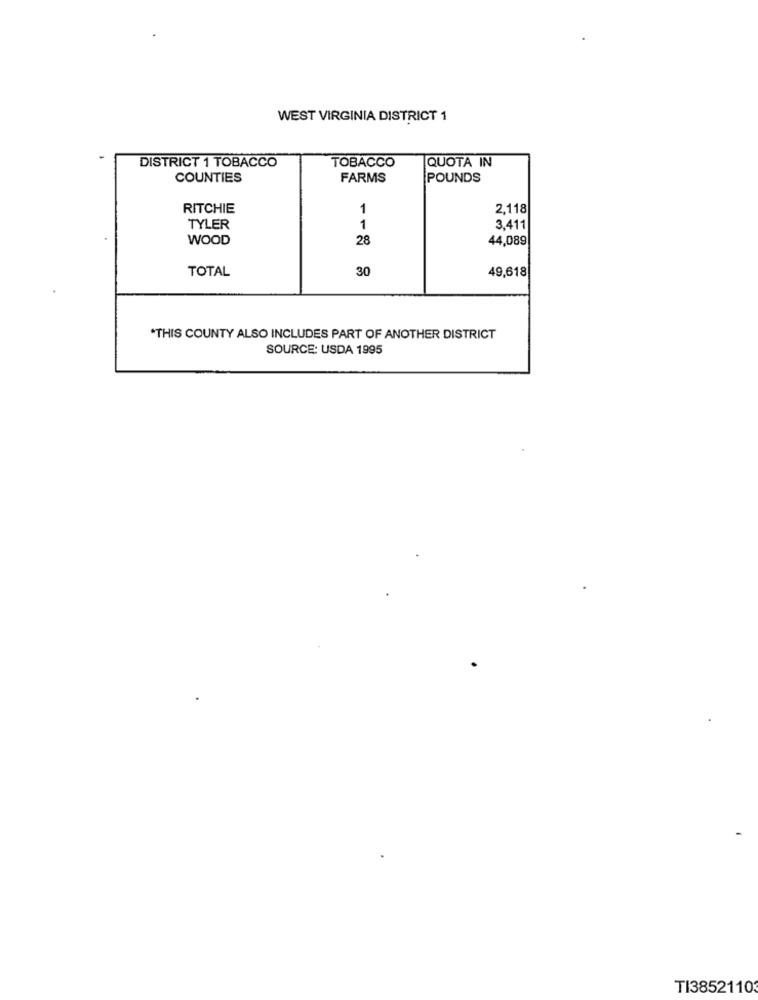
WEST VIRGINIA DISTRICT 1
DISTRICT 1 TOBACCO
TOBACCO
QUOTA IN
COUNTIES
FARMS
POUNDS
RITCHIE
1
2,118
1
TYLER
3.411
WOOD
28
44,089
TOTAL
30
49,618
*THIS COUNTY ALSO INCLUDES PART OF ANOTHER DISTRICT
SOURCE: USDA 1995
TI3852110